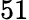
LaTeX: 51